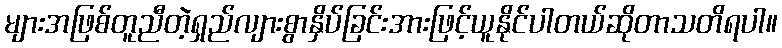
များအဖြစ်တူညီတဲ့ရှည်လျားစွာနှိပ်ခြင်းအားဖြင့်ယူနိုင်ပါတယ်ဆိုတာသတိရပါ။